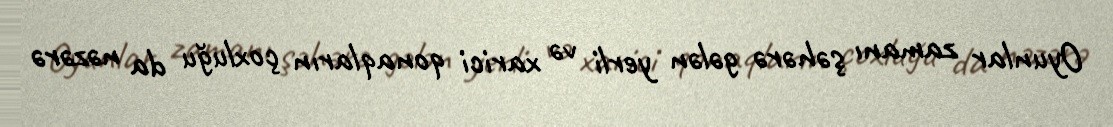
Oyunlar zamanı şəhərə gələn yerli və xarici qonaqların çoxluğu da nəzərə